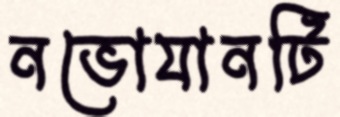
নভোযানটি